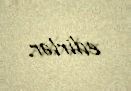
edirlər.